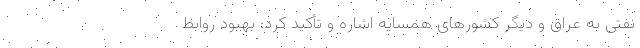
نفتی به عراق و دیگر کشورهای همسایه اشاره و تأکید کرد: بهبود روابط